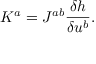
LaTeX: K ^ { a } = J ^ { a b } \frac { \delta h } { \delta u ^ { b } } .